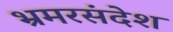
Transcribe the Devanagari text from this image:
भ्रमरसंदेश